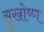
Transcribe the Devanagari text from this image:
सुखोष्ण